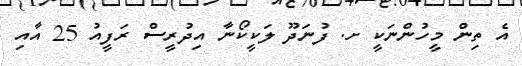
އެ ތިން މީހުންނަކީ ށ. ފުނަދޫ ލަކީކޯނާ އިދުރީސް ރަފީއު 25 އާއި